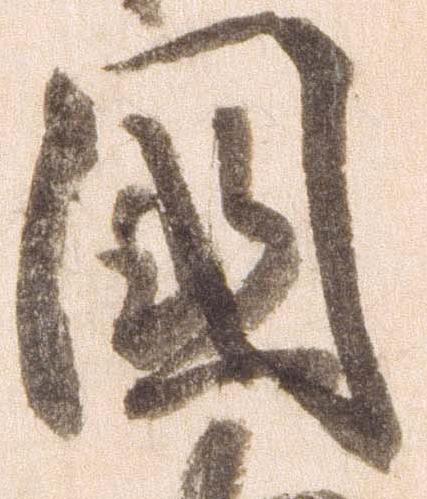
国